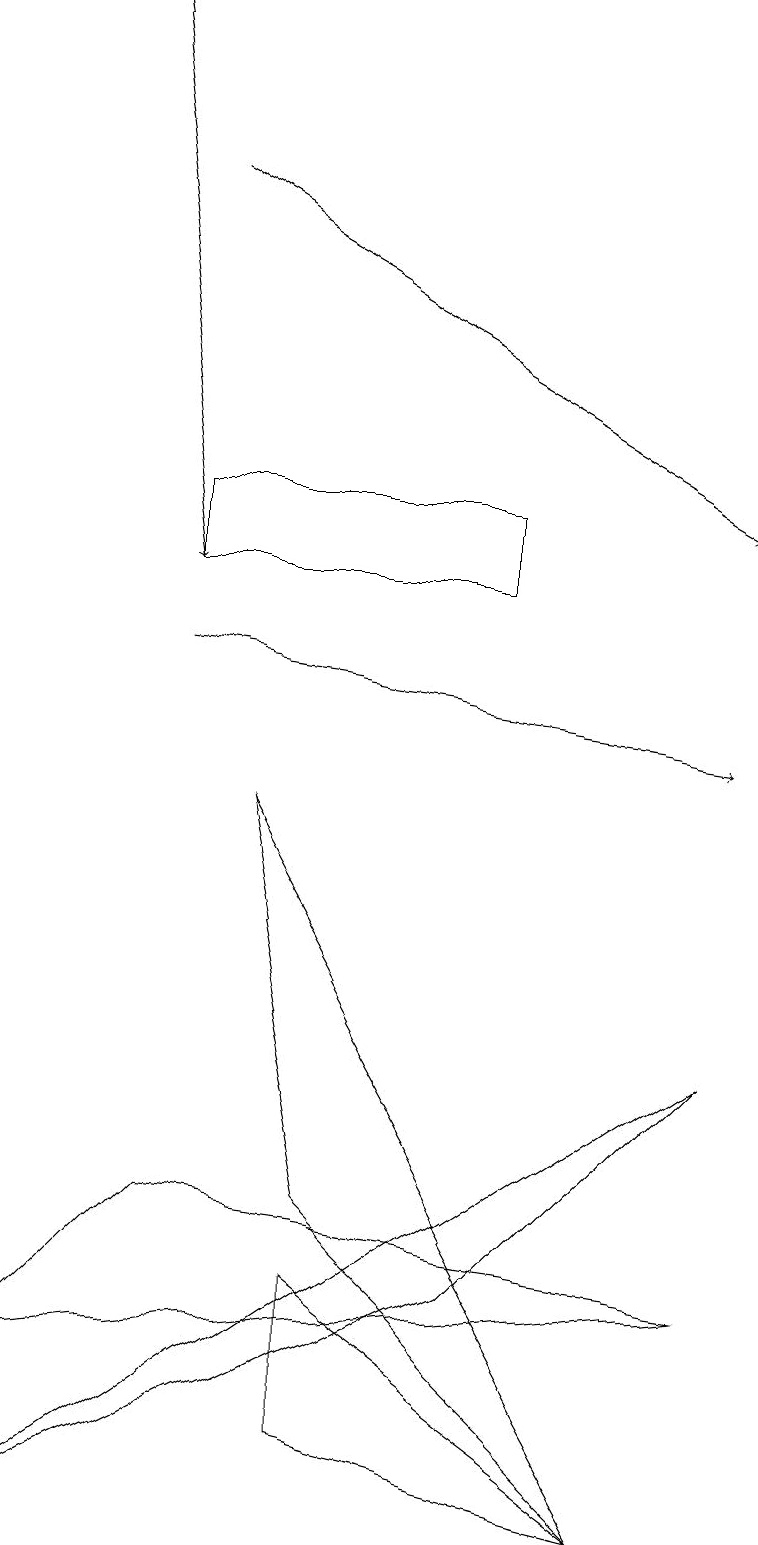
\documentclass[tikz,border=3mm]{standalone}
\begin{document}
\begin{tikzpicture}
\draw[->] (2,11) -- (9,10);
\draw (4,1) -- (4,3) -- (8,0) -- cycle;
\draw (8,0) -- (3,9) -- (4,4) -- cycle;
\draw (0,0) -- (6,3) -- (9,6) -- cycle;
\draw[->] (2,17) -- (9,13);
\draw[->] (1,19) -- (2,12);
\draw (6,12) rectangle (2,13);
\draw (0,2) -- (9,3) -- (2,4) -- cycle;
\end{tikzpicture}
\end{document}